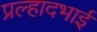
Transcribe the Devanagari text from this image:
प्रल्हादभाई